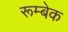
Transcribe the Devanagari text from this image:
रूम्बेक